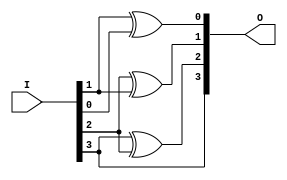
module BM_lab5(O, I);

input [3:0] I;
output [3:0] O;
reg [3:0] O;
integer i;

always @ (I)
begin 
	for(i = 0; i < 3; i = i + 1)
		O[i] = I[i + 1]^I[i];
	O[3] = I[3];
end

endmodule